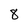
Character: 8